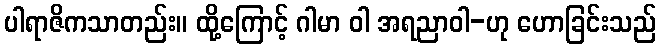
ပါရာဇိကသာတည်း။ ထို့ကြောင့် ဂါမာ ဝါ အရညာဝါ-ဟု ဟောခြင်းသည်